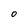
Character: o